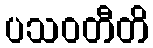
ပသဝတီတိ